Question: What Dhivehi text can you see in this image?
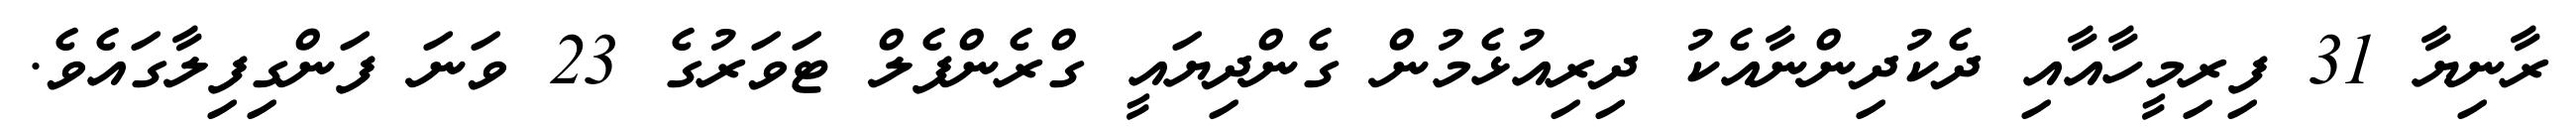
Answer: ރާނިޔާ 31 ފިރިމީހާއާއި ދެކުދިންނާއެކު ދިރިއުޅެމުން ގެންދިޔައީ ގްރެންފެލް ޓަވަރުގެ 23 ވަނަ ފަންގިފިލާގައެވެ.